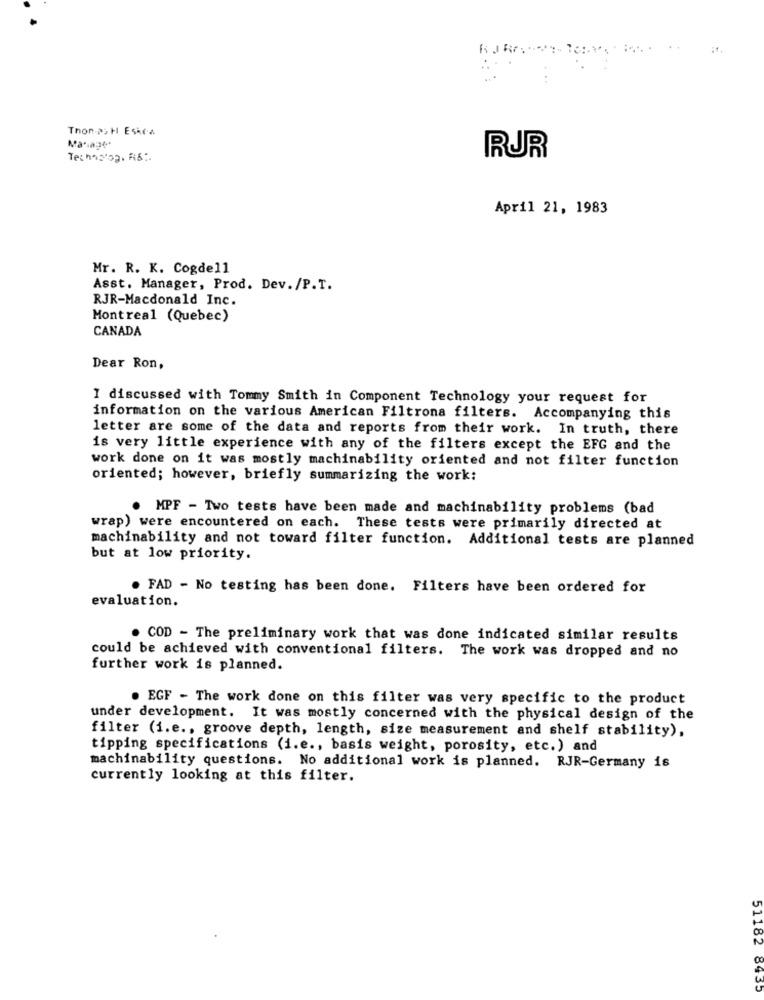
. ..
Thon-22 H Esica
Manage
RUR
April 21, 1983
Mr. R. K. Cogdell
Asst. Manager, Prod. Dev. /P.T.
RJR-Macdonald Inc.
Montreal (Quebec)
CANADA
Dear Ron,
I discussed with Tommy Smith in Component Technology your request for
information on the various American Filtrona filters. Accompanying this
letter are some of the data and reports from their work. In truth, there
is very little experience with any of the filters except the EFG and the
work done on it was mostly machinability oriented and not filter function
oriented; however, briefly summarizing the work:
. MPF - Two tests have been made and machinability problems (bad
wrap) were encountered on each. These tests were primarily directed at
machinability and not toward filter function. Additional tests are planned
but at low priority.
. FAD - No testing has been done. Filters have been ordered for
evaluation.
. COD - The preliminary work that was done indicated similar results
could be achieved with conventional filters. The work was dropped and no
further work is planned.
. EGF - The work done on this filter was very specific to the product
under development. It was mostly concerned with the physical design of the
filter (i.e ., groove depth, length, size measurement and shelf stability),
tipping specifications (i.e ., basis weight, porosity, etc.) and
machinability questions. No additional work is planned. RJR-Germany is
currently looking at this filter.
51182 8435